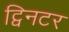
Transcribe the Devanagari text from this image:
ट्विनटर